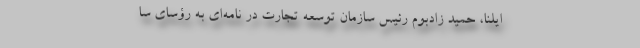
ایلنا، حمید زادبوم رئیس سازمان توسعه تجارت در نامه‌ای به رؤسای سا